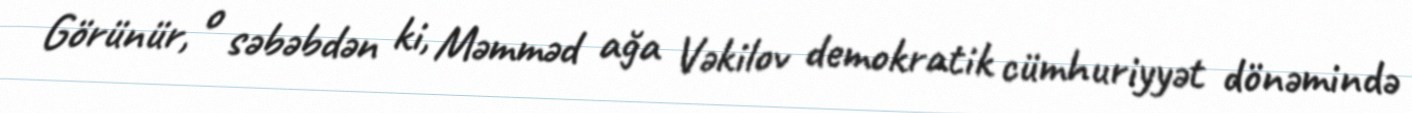
Görünür, o səbəbdən ki, Məmməd ağa Vəkilov demokratik cümhuriyyət dönəmində